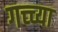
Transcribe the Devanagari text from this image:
गच्च्या